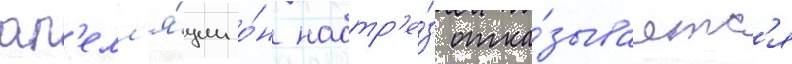
ап'елл'я́ции о́н наотр'е́з отка́зываетс'я